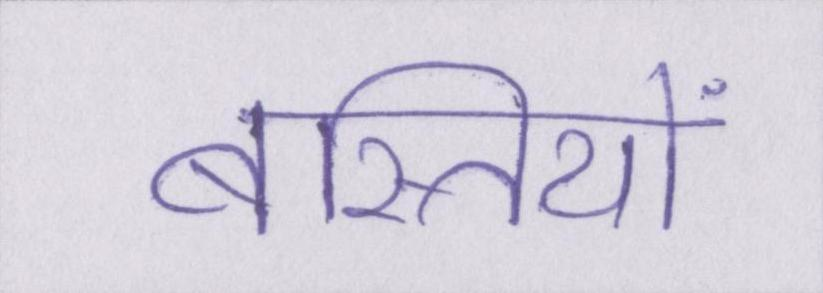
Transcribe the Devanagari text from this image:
बस्तियों